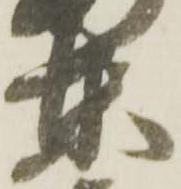
東